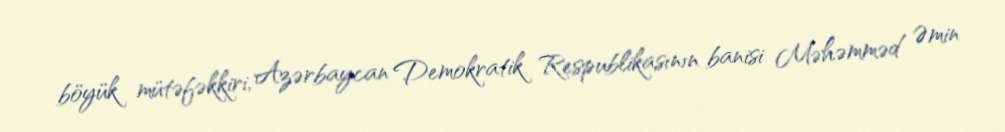
böyük mütəfəkkiri, Azərbaycan Demokratik Respublikasının banisi Məhəmməd Əmin